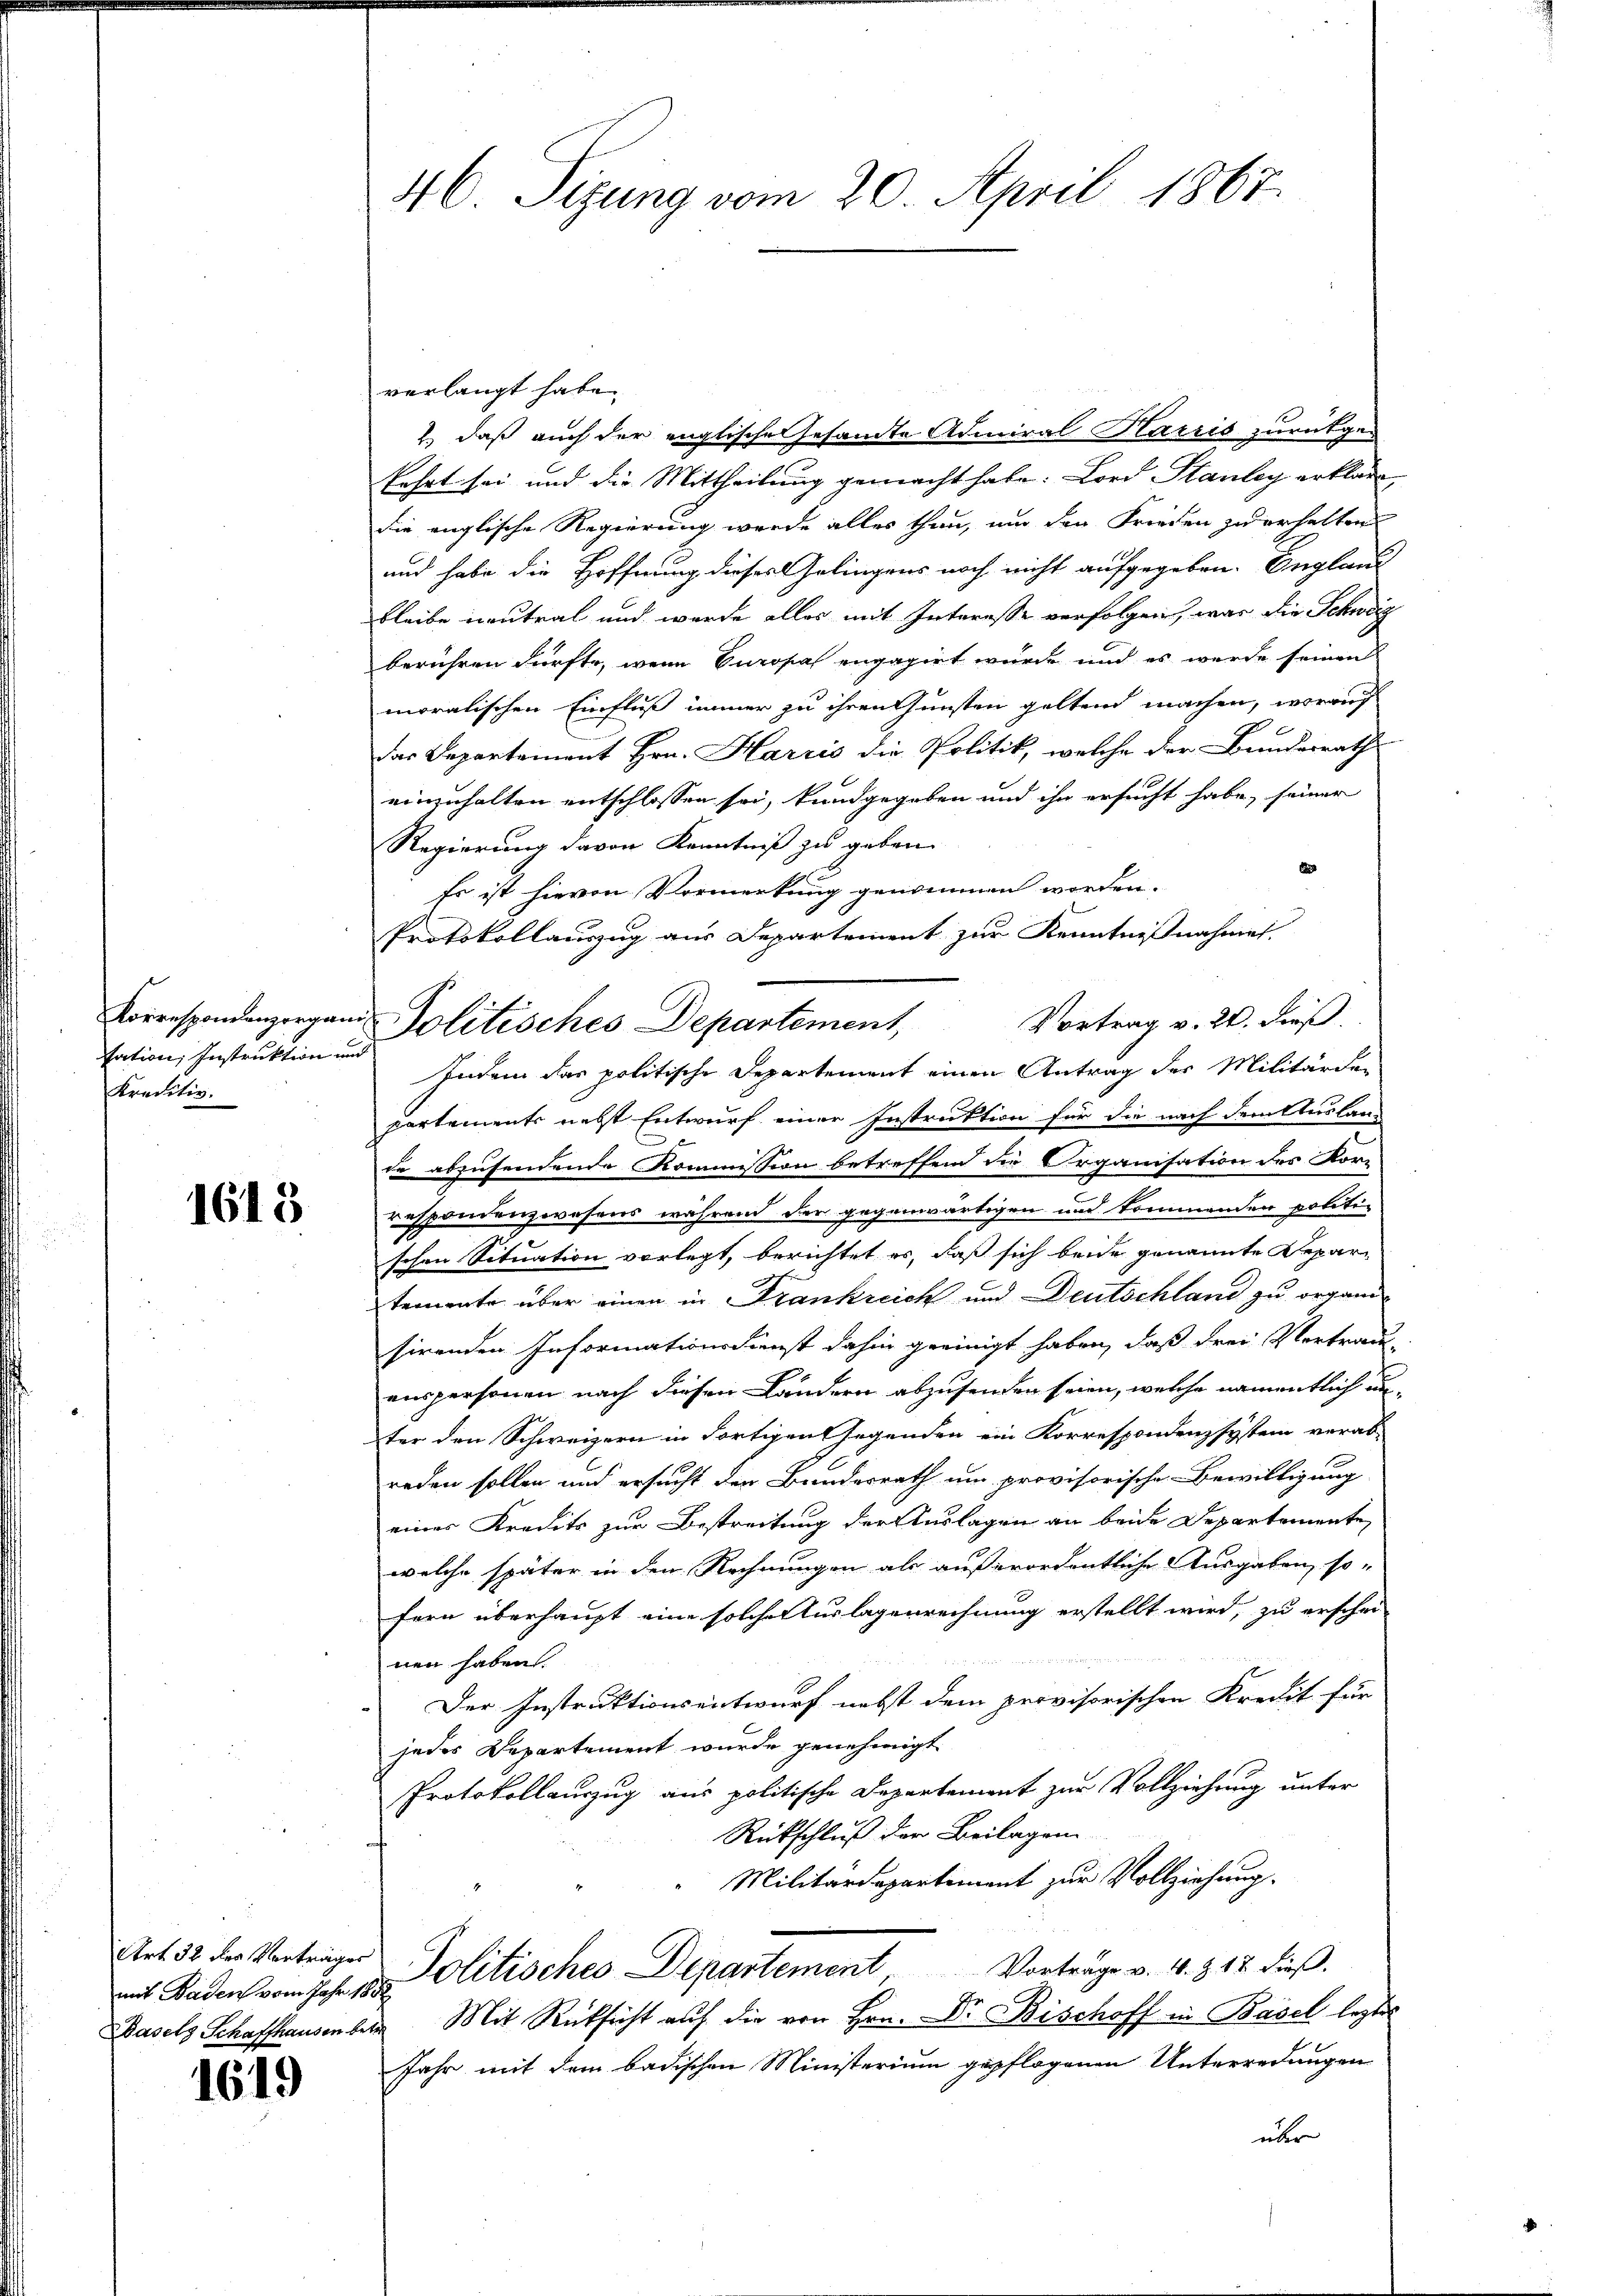
sation, Instruktion und
Kreditiv.

1613

mit Baden vom Jahr 1882

1619

46. Sizung vom 20. April 1867.

verlangt habe.
, daß auch der englische Gesamte Admiral Harris zurückgekehrt sei und die Mittheilung gemacht habe. Lord Stanley erklärt,
die englische Regierung wurde alles thun, um den Frieden zu erhalten
und habe die Hoffnung dieses Gelingens noch nicht aufgegeben. Englaub
bleibe neutral und wurde alles mit Interesse verfolgen, war die Schweig
berühren dürfte, wenn Europas engagirt wurde und es wurde seinen
moralischen Einfluß immer zu ihren Gunsten geltend machen, worauf
Das Departement Hrn. Harris die Politik, welche der Bundesrath
einzuhalten entschlossen sei, kundgegeben und ihn ersucht habe, seiner
Regierung davon Kenntniß zu geben.
d
Es ist hievon Vormerkung genommen worden.
Protokollauszug aus Departement zur Kenntnißnahmen.
Vortrag v. 24. dieß.
Indem das politische Departement einen Antrag des Militärder
partements nebst Entwurf einer Instruktion für die nach dem Auslan-
de abzusendende Kommission betreffend die Organisation des Korr
respondenzwesens während der gegenwärtigen und kommenden politi-
schen Situation vorlegt, berichtet es, daß sich beide genannte Departemente über einen in Frankreich und Deutschland zu organ
sirenden Informationsdienst dahin geeinigt haben, daß drei Vertraus-
enspersonen nach diesen Ländern abzusenden seien, welche namentlich un-
ter den Schweizern in Fortigen Gegenden ein Korrespondenzsystem verab-
reden sollen und ersucht der Bundesrath um provisorische Bewilligung
eines Kredits zur Bestreitung der Auslagen an beide Departemente
welche später in den Rechnungen als außerordentliche Ausgaben, so-
fern überhaupt eine solche Auslagenrechnung erstellt wird, zu erschei-
nen haben.
Der Instruktionsentwurf nebst dem provisorischen Kredit für
jedes Departement wurde genehmigt
Protokollauszug aus politische Departement zur Vollziehung unter
Rückschluß der Beilagen
Militärdepartement zur Vollziehung.
Art 32 der Vorträger Politisches Departement, Vorträge v. 4. d. 12. dieß.
Basels Schaffhausen beim Mit Rücksicht auf die von Hrn. Dr. Bischoff in Basel legtes
Jahr mit dem badischen Ministerium gepflogenen Unterredungen
über

Korrespondenzorgand Politisches Departement,